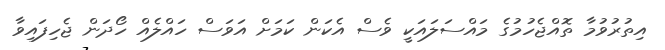
އިތުރުވުމާ ތޮއްޖެހުމުގެ މައްސަލައަކީ ވެސް އެކަން ކަމަށް އަވަސް ހައްލެއް ހޯދަން ޖެހިފައިވާ